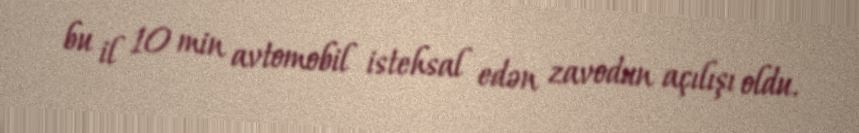
bu il 10 min avtomobil istehsal edən zavodun açılışı oldu.